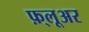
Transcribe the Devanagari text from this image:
फ़्लूअर